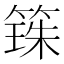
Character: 𫂒